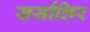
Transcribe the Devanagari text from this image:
सर्सालिर